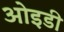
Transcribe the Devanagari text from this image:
ओइडी